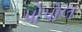
પોપોલ